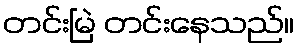
တင်းမြဲ တင်းနေသည်။